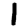
Digit: 1